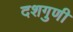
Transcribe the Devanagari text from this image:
दशगुणी